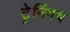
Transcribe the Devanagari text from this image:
ट्रेनिंगच